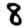
Digit: 8